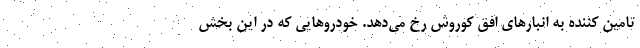
تامین کننده به انبارهای افق کوروش رخ می­دهد. خودروهایی که در این بخش